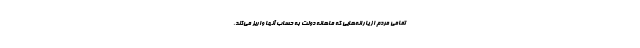
تمامی مردم از یارانه‌هایی که ماهانه دولت به حساب آنها واریز می‌کند،